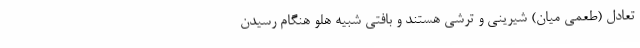
تعادل (طعمی میان) شیرینی و ترشی هستند و بافتی شبیه هلو هنگام رسیدن